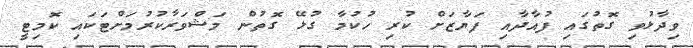
ވިދާޅުވި ގޮތުގައި ފުއާދާއި ފަޔާޒަށް ކުރި ހުކުމާ ގުޅޭ ގޮތުން މަޝްވަރާކުރުމަށްޓަކައި ކޮމިޓީ